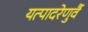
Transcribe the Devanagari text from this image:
यत्पादरेणुर्वै